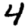
Digit: 4